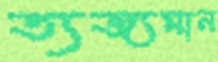
ত্যজ্যমান